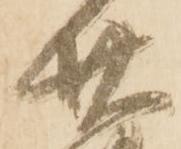
廿